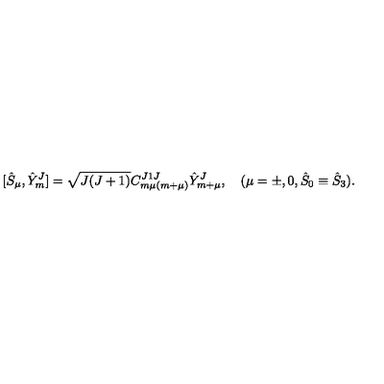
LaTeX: [ { \hat { S } } _ { \mu } , { \hat { Y } } _ { m } ^ { J } ] = \sqrt { J ( J + 1 ) } C _ { m \mu ( m + \mu ) } ^ { J 1 J } { \hat { Y } } _ { m + \mu } ^ { J } , \quad ( \mu = \pm , 0 , { \hat { S } } _ { 0 } \equiv { \hat { S } } _ { 3 } ) .